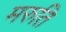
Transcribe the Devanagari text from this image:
मरुति